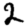
Digit: 2